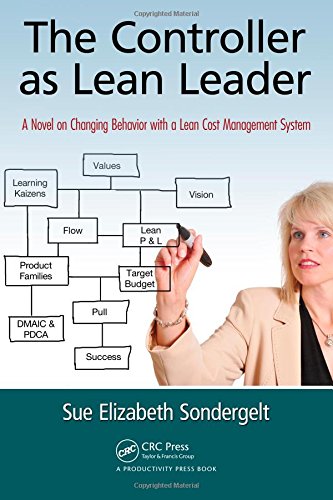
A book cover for The Controller as Lean Leader: A Novel on Changing Behavior with a Lean Cost Management System; Sue Elizabeth Sondergelt; Business & Money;